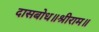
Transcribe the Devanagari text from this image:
दासबोध॥श्रीराम॥